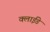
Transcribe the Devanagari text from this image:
क्लाईडे